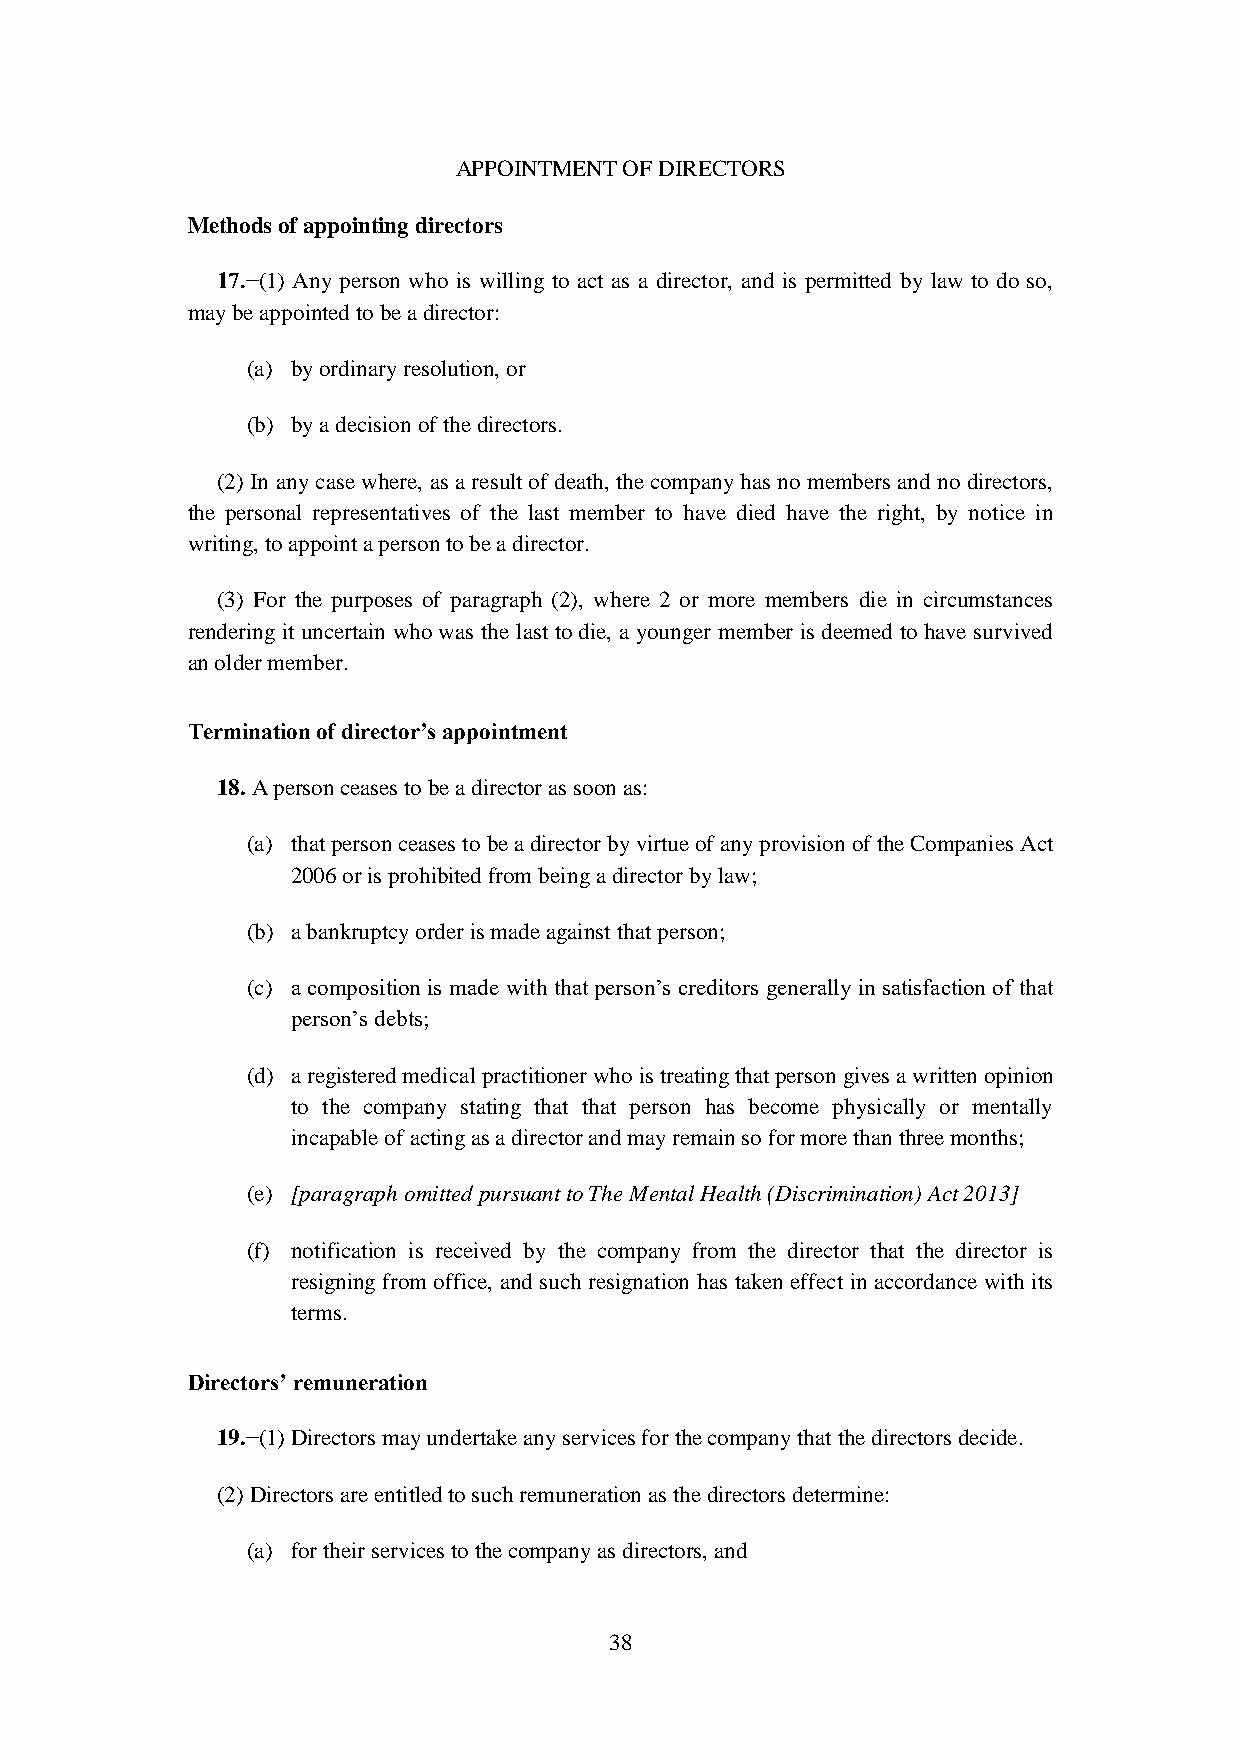
APPOINTMENT OF DIRECTORS
 Methods of appointing directors
 17.−(1) Any person who is willing to act as a director, and is permitted by law to do so,
 may be appointed to be a director:
 (a) by ordinary resolution, or
 (b) by a decision of the directors.
 (2) In any case where, as a result of death, the company has no members and no directors,
 the personal representatives of the last member to have died have the right, by notice in
 writing, to appoint a person to be a director.
 (3) For the purposes of paragraph (2), where 2 or more members die in circumstances
 rendering it uncertain who was the last to die, a younger member is deemed to have survived
 an older member.
 Termination of director’s appointment
 18. A person ceases to be a director as soon as:
 (a) that person ceases to be a director by virtue of any provision of the Companies Act
 2006 or is prohibited from being a director by law;
 (b) a bankruptcy order is made against that person;
 (c) a composition is made with that person’s creditors generally in satisfaction of that
 person’s debts;
 (d) a registered medical practitioner who is treating that person gives a written opinion
 to the company stating that that person has become physically or mentally
 incapable of acting as a director and may remain so for more than three months;
 (e) [paragraph omitted pursuant to The Mental Health (Discrimination) Act 2013]
 (f) notification is received by the company from the director that the director is
 resigning from office, and such resignation has taken effect in accordance with its
 terms.
 Directors’ remuneration
 19.−(1) Directors may undertake any services for the company that the directors decide.
 (2) Directors are entitled to such remuneration as the directors determine:
 (a) for their services to the company as directors, and
 38